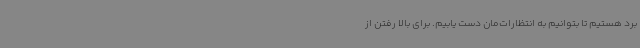
برد هستیم تا بتوانیم به انتظارات‌مان دست یابیم. برای بالا رفتن از